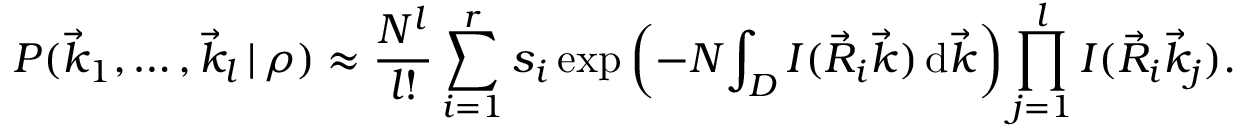
P ( \vec { k } _ { 1 } , \dots , \vec { k } _ { l } \, | \, \rho ) \approx \frac { N ^ { l } } { l ! } \sum _ { i = 1 } ^ { r } s _ { i } \exp \left( - N \! \int _ { D } I ( \vec { R } _ { i } \vec { k } ) \, \mathrm d \vec { k } \right) \prod _ { j = 1 } ^ { l } I ( \vec { R } _ { i } \vec { k } _ { j } ) .